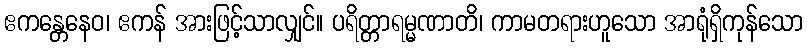
ဧကန္တေနေဝ၊ ဧကန် အားဖြင့်သာလျှင်။ ပရိတ္တာရမ္မဏာတိ၊ ကာမတရားဟူသော အာရုံရှိကုန်သော